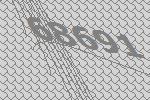
68691